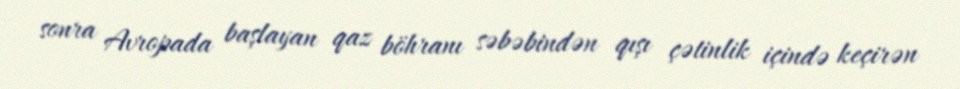
sonra Avropada başlayan qaz böhranı səbəbindən qışı çətinlik içində keçirən